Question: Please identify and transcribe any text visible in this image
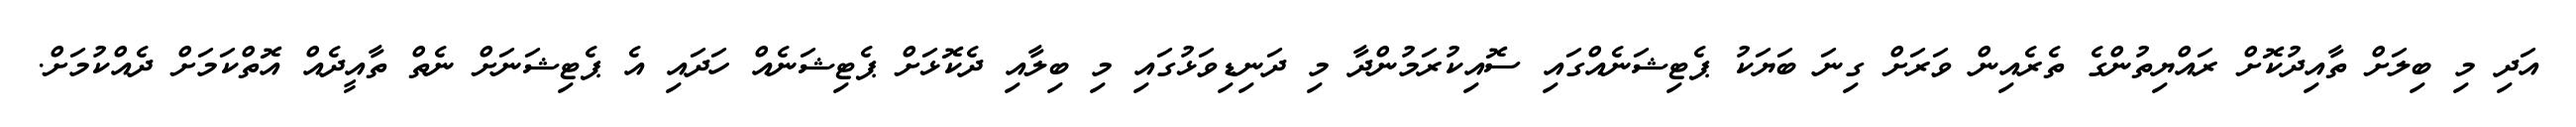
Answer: އަދި މި ބިލަށް ތާއިދުކޮށް ރައްޔިތުންގެ ތެރެއިން ވަރަށް ގިނަ ބަޔަކު ޕެޓިޝަނެއްގައި ސޮއިކުރަމުންދާ މި ދަނިޑިވަޅުގައި މި ބިލާއި ދެކޮޅަށް ޕެޓިޝަނެއް ހަދައި އެ ޕެޓިޝަނަށް ނެތް ތާއީދެއް އޮތްކަމަށް ދެއްކުމަށް.